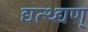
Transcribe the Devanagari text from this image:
द्यत्थ्द्यण्